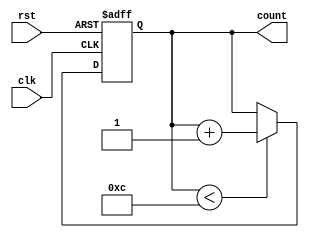
`timescale 1ns / 1ps
//////////////////////////////////////////////////////////////////////////////////
// Company: 
// Engineer: 
// 
// Design Name: 
// Module Name: counter
// Project Name: 
// Target Devices: 
// Tool Versions: 
// Description: 
// 
// Dependencies: 
// 
// Revision:
// Revision 0.01 - File Created
// Additional Comments:
// 
//////////////////////////////////////////////////////////////////////////////////


module counter(clk,rst,count);
input clk;
    input rst;
    output [3:0] count;
    reg [3:0] count;

    always @(posedge clk or posedge rst)
    begin
    if(rst==1)
    begin
    count<=4'b0011;
    end
    else if(count< 4'b1100)
    begin
    count<=count+1;
    end
    end
endmodule